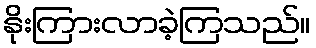
နိုးကြားလာခဲ့ကြသည်။